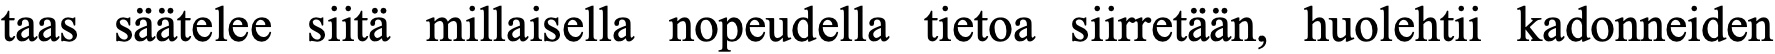
taas säätelee siitä millaisella nopeudella tietoa siirretään, huolehtii kadonneiden